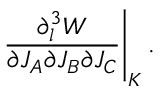
\left. { \frac { \partial _ { l } ^ { 3 } W } { \partial J _ { A } \partial J _ { B } \partial J _ { C } } } \right| _ { K } .